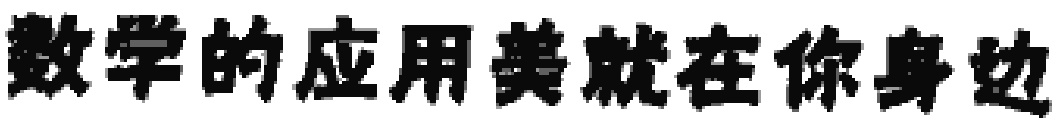
数学的应用美就在你身边